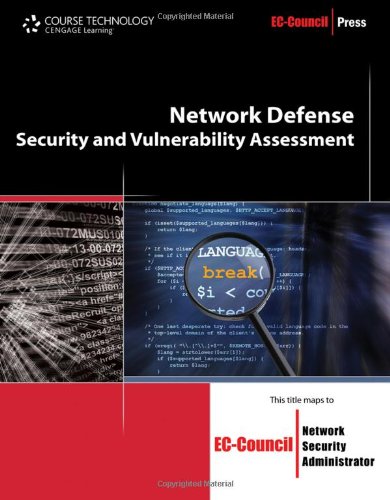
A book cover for Network Defense: Security and Vulnerability Assessment (EC-Council Press); EC-Council; Computers & Technology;